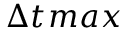
\Delta t _ { Ḋ } m a x Ḍ